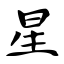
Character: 星